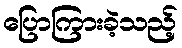
ပြောကြားခဲ့သည့်